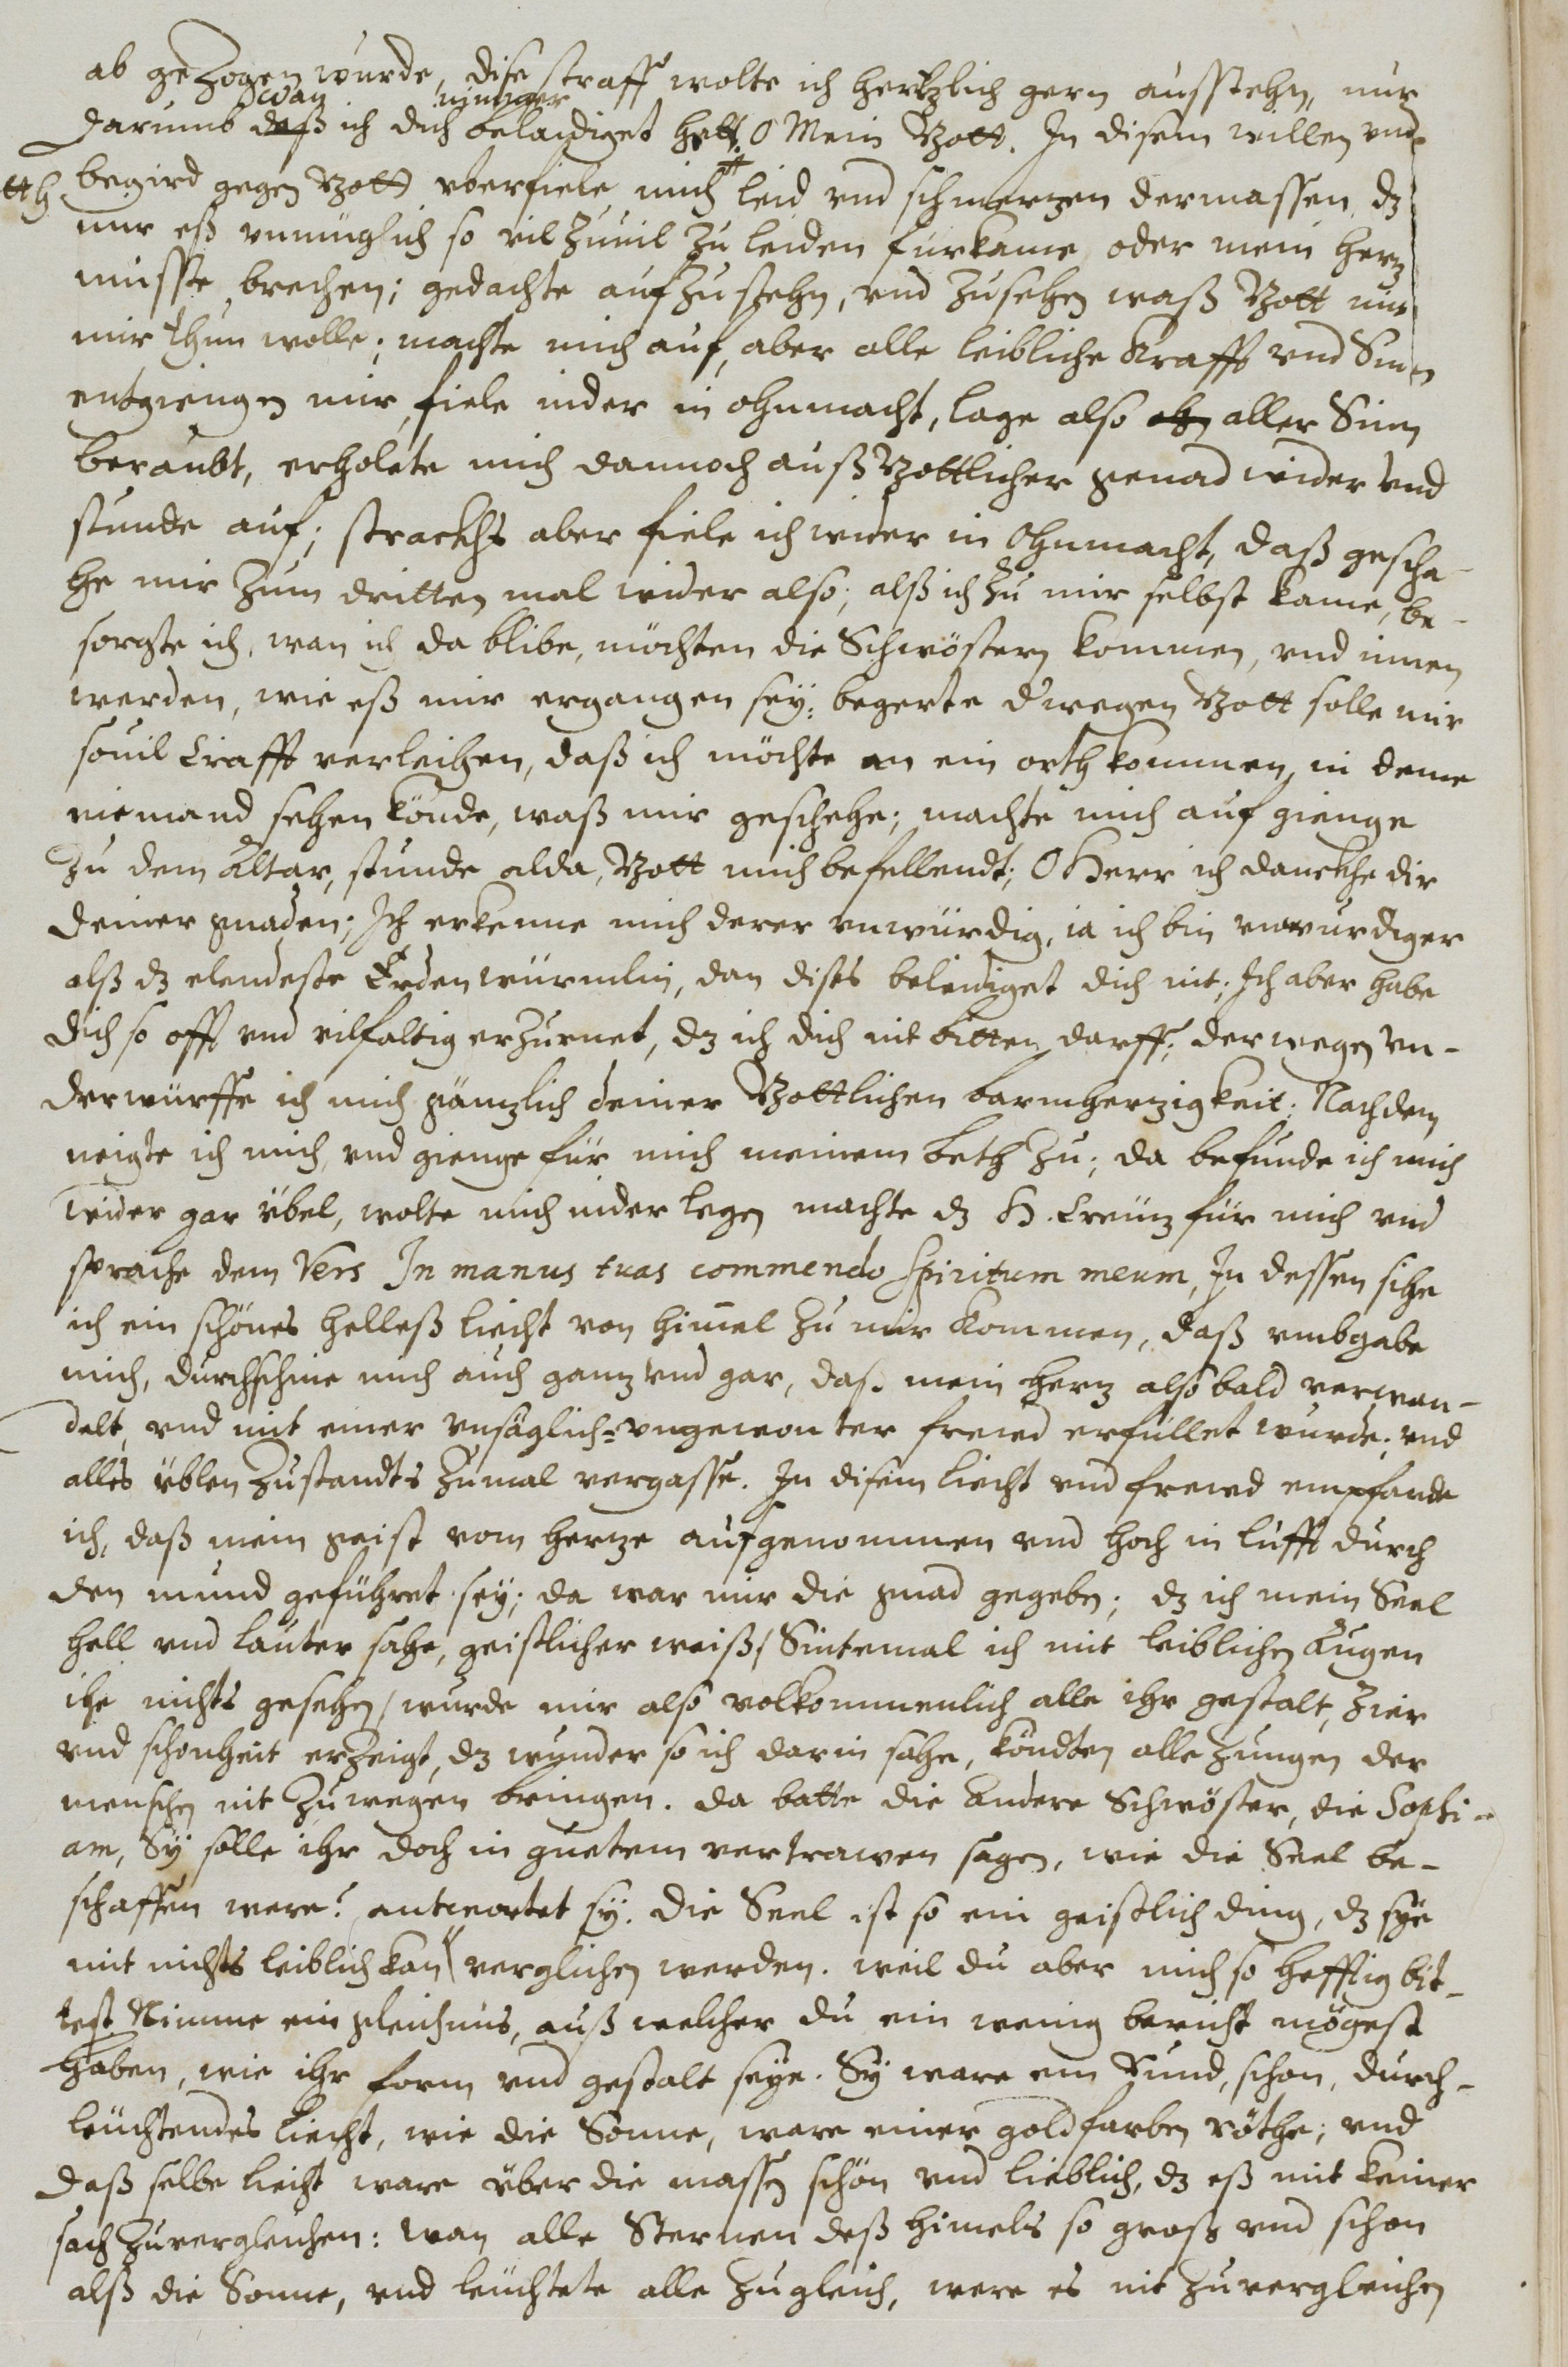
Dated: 1614–1638